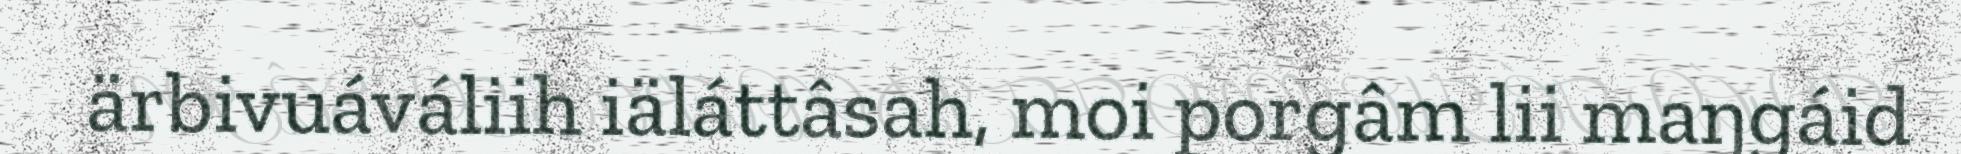
ärbivuáváliih iäláttâsah, moi porgâm lii maŋgáid